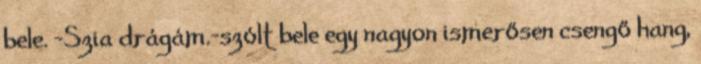
bele. -Szia drágám.-szólt bele egy nagyon ismerősen csengő hang,